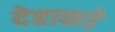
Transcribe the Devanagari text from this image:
देहाकडे